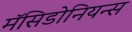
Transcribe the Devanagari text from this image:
मॅसिडोनियन्स